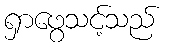
ရှာဖွေသင့်သည်